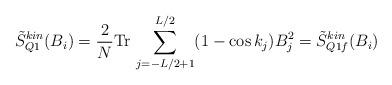
LaTeX: \begin{align*}\tilde{S}_{Q1}^{kin} (B_i ) =\frac{2}{N} \mbox{Tr} \, \sum_{j=-L/2 +1}^{L/2} (1-\cos k_j ) B_j^2=\tilde{S}_{Q1f}^{kin} (B_i )\end{align*}